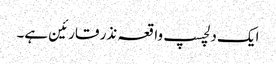
ایک دلچسپ واقعہ نذر قارئین ہے۔